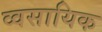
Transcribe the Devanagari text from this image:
व्वसायिक